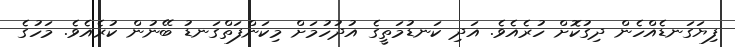
ފިޔަގަނޑެއްހެން ދިގުކޮށް ހުރެއެވެ. އަދި ކަނޑުމަތީގެ އުދުހުމަށް މިކަންފަތްގަނޑު ބޭނުން ކުރެއެވެ. މަހުގެ